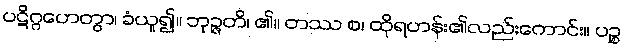
ပဋိဂ္ဂဟေတွာ၊ ခံယူ၍။ ဘုဉ္ဇတိ၊ ၏။ တဿ စ၊ ထိုရဟန်း၏လည်းကောင်း။ ပဉ္စ